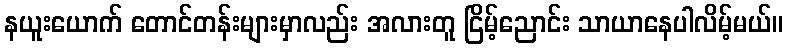
နယူးယောက် တောင်တန်းများမှာလည်း အလားတူ ငြိမ့်ညောင်း သာယာနေပါလိမ့်မယ်။